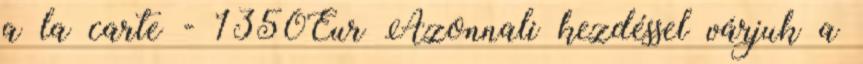
a la carte - 1350Eur Azonnali kezdéssel várjuk a